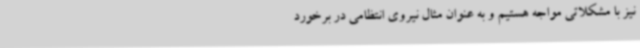
نیز با مشکلاتی مواجه هستیم و به عنوان مثال نیروی انتظامی در برخورد